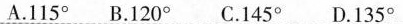
A.115° B.120° C.145° D.135°